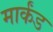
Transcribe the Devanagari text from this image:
मार्कंड